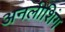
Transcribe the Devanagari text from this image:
अनलीशिंग